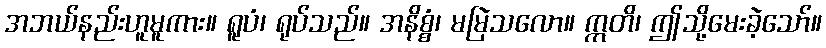
အဘယ်နည်းဟူမူကား။ ရူပံ၊ ရုပ်သည်။ အနိစ္စံ၊ မမြဲသလော။ ဣတိ၊ ဤသို့မေးခဲ့သော်။